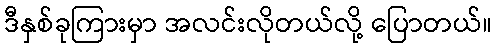
ဒီနှစ်ခုကြားမှာ အလင်းလိုတယ်လို့ ပြောတယ်။